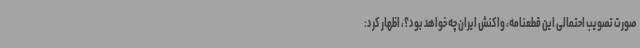
صورت تصویب احتمالی این قطعنامه، واکنش ایران چه خواهد بود؟، اظهار کرد: